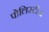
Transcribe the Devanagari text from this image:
पोलिस्टीज़